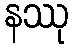
နဿု